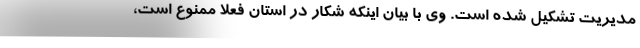
مدیریت تشکیل شده است. وی با بیان اینکه شکار در استان فعلا ممنوع است،